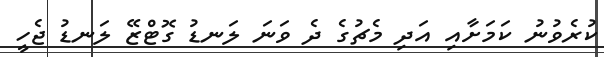
ކުރެވުނު ކަމަށާއި އަދި މެޗުގެ ދެ ވަނަ ލަނޑު ގޮޓްޒޭ ލަނޑު ޖެހީ